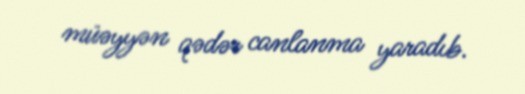
müəyyən qədər canlanma yaradıb.